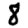
Digit: 8